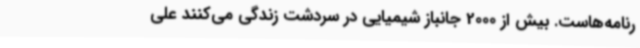
رنامه‌هاست. بیش از 2000 جانباز شیمیایی در سردشت زندگی می‌کنند علی